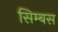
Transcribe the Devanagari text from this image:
सिम्बस